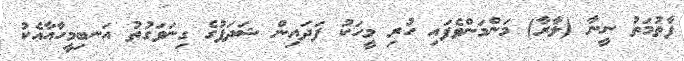
ފާތުމަތު ނީނާ (ލާރާ) މަންމަންވެފައި ހުރި މީހަކު ފަދައިން ޝަދަފުގެ ގިނަވަގުތު އަނބިމީހާއާއެކު